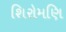
શિરોમણિ